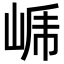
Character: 𭖤